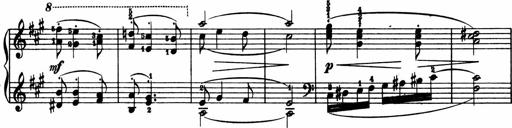
Title: 2 Sonatinen
Composer: Lambertus Adrianus van Tetterode